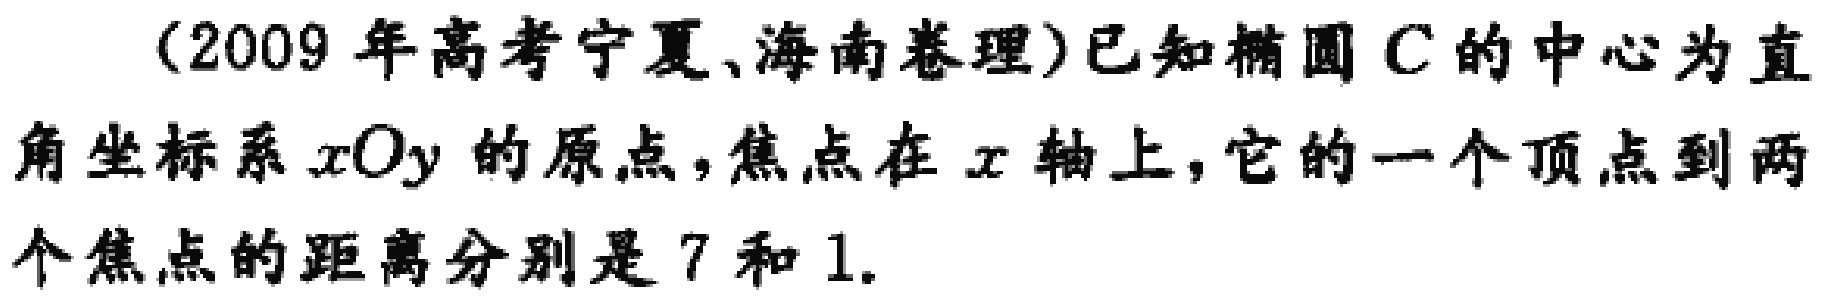
(2009 年高考宁夏、海南卷理)已知椭圆 \(C\) 的中心为直角坐标系 \(xOy\) 的原点，焦点在 \(x\) 轴上，它的一个顶点到两个焦点的距离分别是 7 和 1.